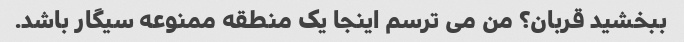
ببخشید قربان؟ من می ترسم اینجا یک منطقه ممنوعه سیگار باشد.